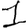
Digit: 1